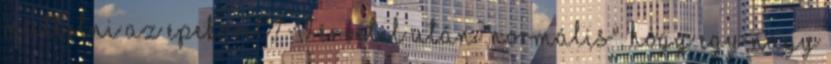
műttetni az epekövet? Vérvétel után "normális", hogy egy nagy